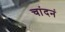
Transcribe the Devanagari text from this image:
चांदनं